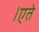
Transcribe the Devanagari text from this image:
।एते